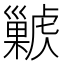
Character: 𢀊